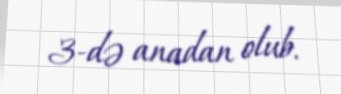
3-də anadan olub.